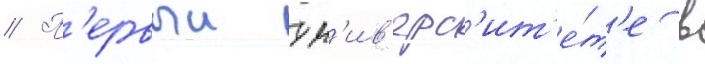
// П'ервыи ун'ив'ерс'ит'е́т'е в